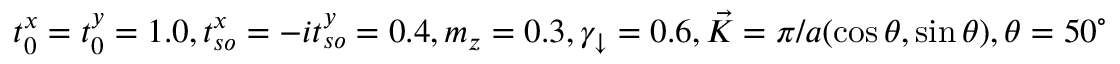
t _ { 0 } ^ { x } = t _ { 0 } ^ { y } = 1 . 0 , t _ { s o } ^ { x } = - i t _ { s o } ^ { y } = 0 . 4 , m _ { z } = 0 . 3 , \gamma _ { \downarrow } = 0 . 6 , \vec { K } = \pi / a ( \cos \theta , \sin \theta ) , \theta = 5 0 ^ { \circ }